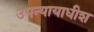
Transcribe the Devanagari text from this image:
उपन्यायाधीश